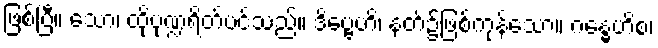
ဖြစ်ပြီ။ သော၊ ထိုပုဏ္ဍရိတ်ပင်သည်။ ဒိဗ္ဗေဟိ၊ နတ်၌ဖြစ်ကုန်သော။ ဂန္ဓေဟိစ၊